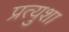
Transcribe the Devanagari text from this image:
प्रत्युशा